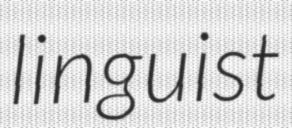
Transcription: linguist